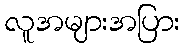
လူအများအပြား